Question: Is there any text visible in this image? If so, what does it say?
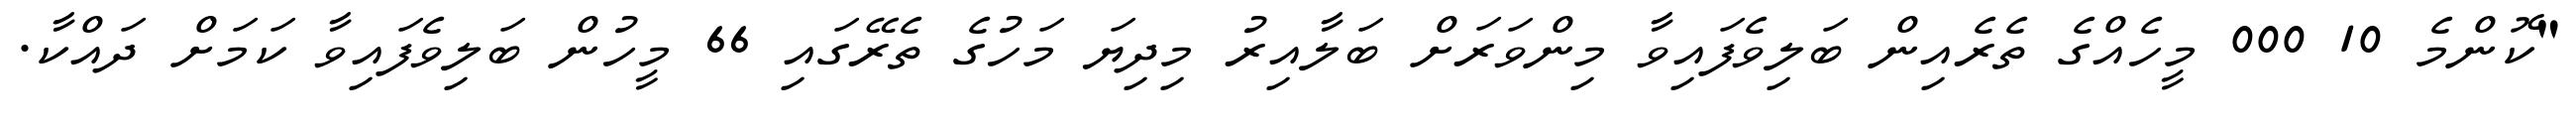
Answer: "ކޮންމެ 10 000 މީހެއްގެ ތެރެއިން ބަލިވެފައިވާ މިންވަރަށް ބަލާއިރު މިދިޔަ މަހުގެ ތެރޭގައި 66 މީހުން ބަލިވެފައިވާ ކަމަށް ދައްކާ.